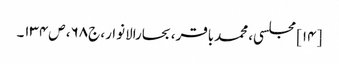
[۱۴] مجلسی، محمدباقر، بحارالانوار، ج۶۸، ص۱۳۴۔